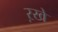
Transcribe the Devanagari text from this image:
ऱखे